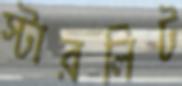
স্টারলিট